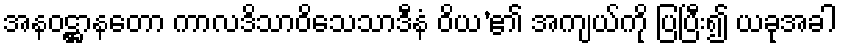
အနဝဋ္ဌာနတော ကာလဒိသာဝိသေသာဒီနံ ဝိယ’၏ အကျယ်ကို ပြပြီး၍ ယခုအခါ